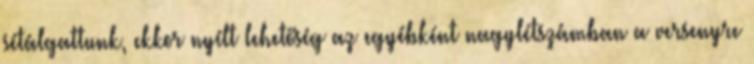
sétálgattunk, ekkor nyílt lehetőség az egyébként nagylétszámban a versenyre